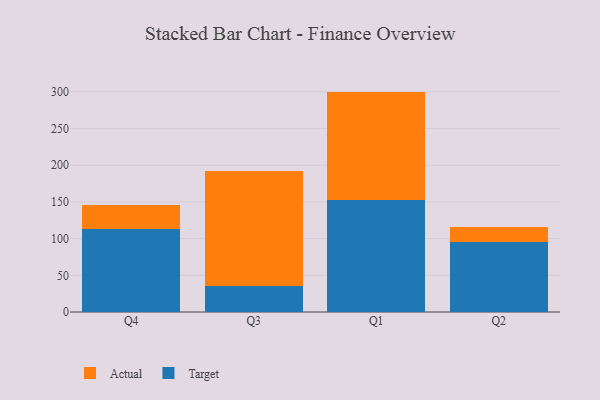
{"axis": {"x": "Quarter", "y": "Production Output"}, "legend": ["Actual", "Target"], "data": [{"x": "Q4", "y": 112.8, "type": "Target"}, {"x": "Q4", "y": 32.9, "type": "Actual"}, {"x": "Q3", "y": 35.0, "type": "Target"}, {"x": "Q3", "y": 157.2, "type": "Actual"}, {"x": "Q1", "y": 153.2, "type": "Target"}, {"x": "Q1", "y": 147.1, "type": "Actual"}, {"x": "Q2", "y": 95.5, "type": "Target"}, {"x": "Q2", "y": 19.8, "type": "Actual"}]}